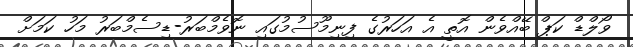
ވޯލްޑް ކަޕް ބޭއްވެން އޮތީ އެ އަަހަރުގެ ފިނިމޫސުމުގައި ނޮވެމްބަރު-ޑިސެމްބަރު މަހު ކަމަށް